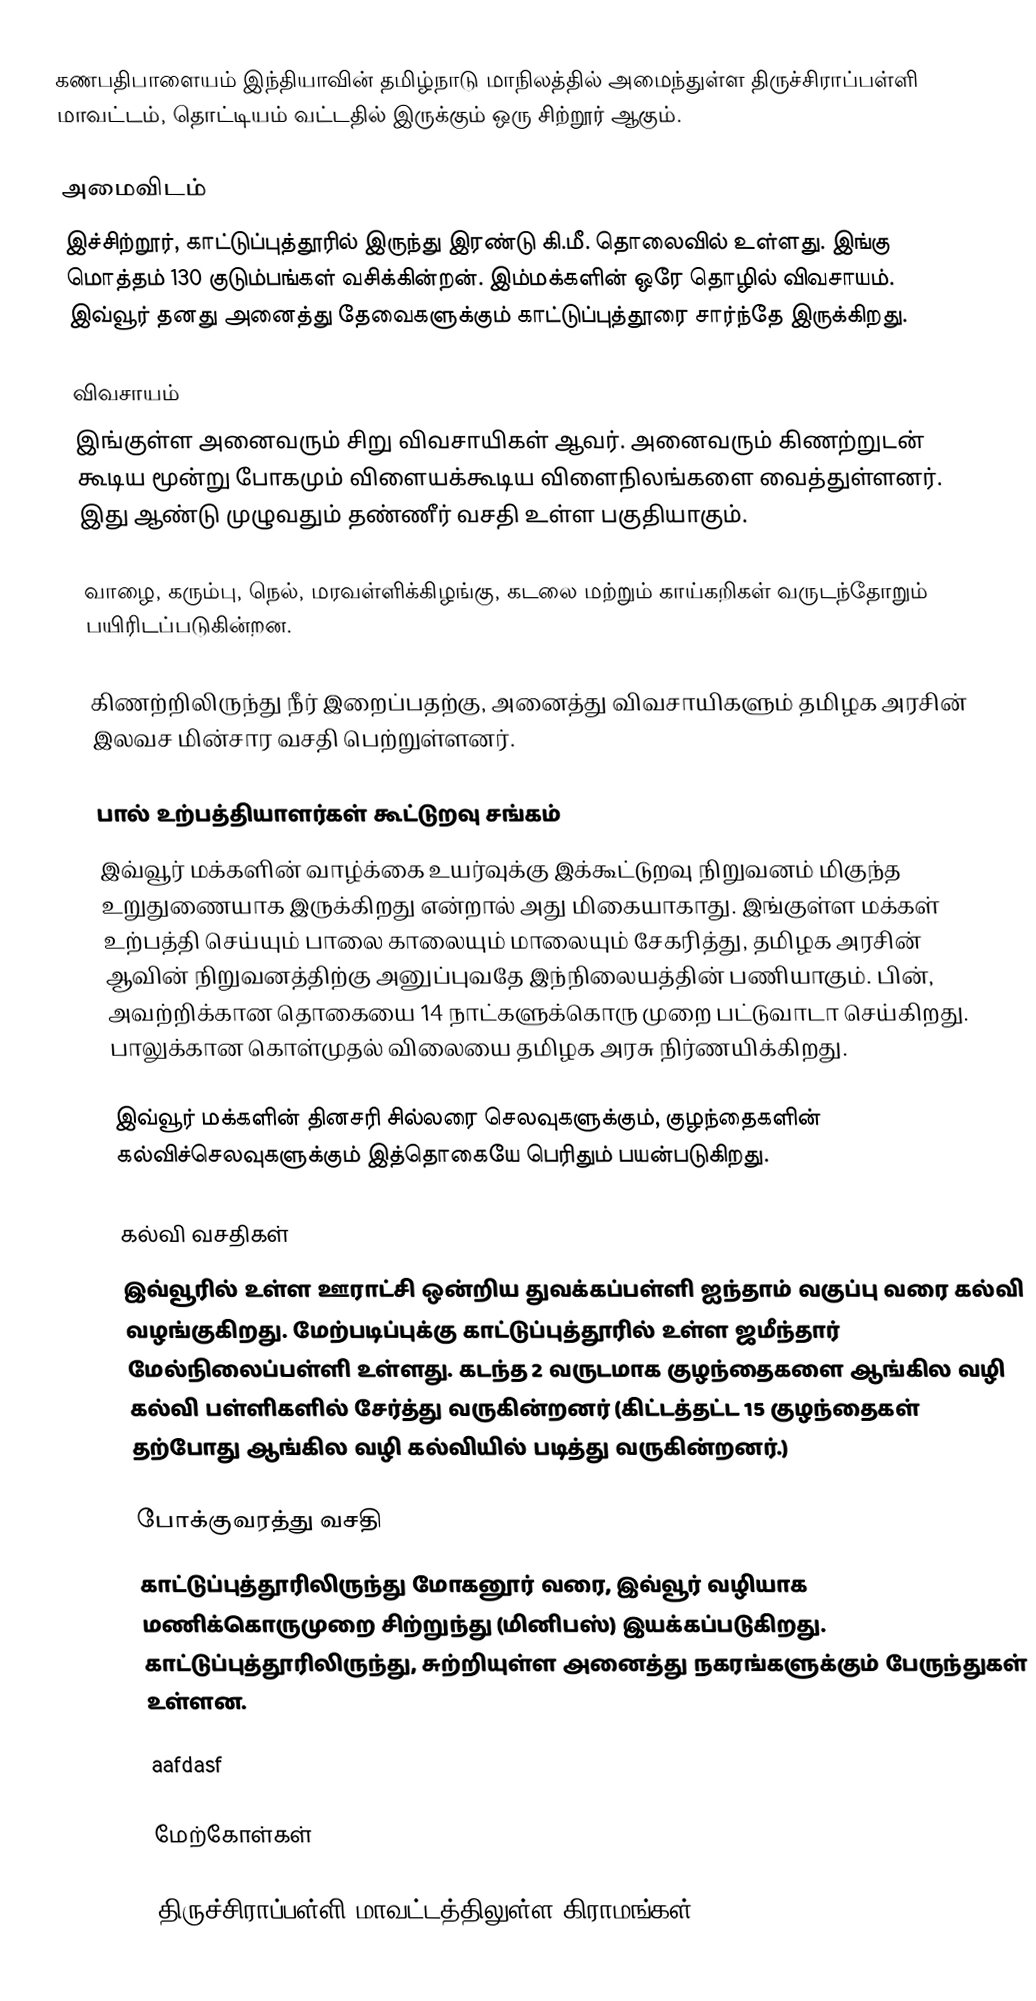
கணபதிபாளையம் இந்தியாவின் தமிழ்நாடு மாநிலத்தில் அமைந்துள்ள திருச்சிராப்பள்ளி மாவட்டம், தொட்டியம் வட்டதில் இருக்கும் ஒரு சிற்றூர் ஆகும்.

அமைவிடம்
இச்சிற்றூர், காட்டுப்புத்தூரில் இருந்து இரண்டு கி.மீ. தொலைவில் உள்ளது. இங்கு மொத்தம் 130 குடும்பங்கள் வசிக்கின்றன். இம்மக்களின் ஒரே தொழில் விவசாயம். இவ்வூர் தனது அனைத்து தேவைகளுக்கும் காட்டுப்புத்தூரை சார்ந்தே இருக்கிறது.

விவசாயம்
இங்குள்ள அனைவரும் சிறு விவசாயிகள் ஆவர். அனைவரும் கிணற்றுடன் கூடிய மூன்று போகமும் விளையக்கூடிய விளைநிலங்களை வைத்துள்ளனர். இது ஆண்டு முழுவதும் தண்ணீர் வசதி உள்ள பகுதியாகும்.

வாழை, கரும்பு, நெல், மரவள்ளிக்கிழங்கு, கடலை மற்றும் காய்கறிகள் வருடந்தோறும் பயிரிடப்படுகின்றன.

கிணற்றிலிருந்து நீர் இறைப்பதற்கு, அனைத்து விவசாயிகளும் தமிழக அரசின் இலவச மின்சார வசதி பெற்றுள்ளனர்.

பால் உற்பத்தியாளர்கள் கூட்டுறவு சங்கம்
இவ்வூர் மக்களின் வாழ்க்கை உயர்வுக்கு இக்கூட்டுறவு நிறுவனம் மிகுந்த உறுதுணையாக இருக்கிறது என்றால் அது மிகையாகாது. இங்குள்ள மக்கள் உற்பத்தி செய்யும் பாலை காலையும் மாலையும் சேகரித்து, தமிழக அரசின் ஆவின் நிறுவனத்திற்கு அனுப்புவதே இந்நிலையத்தின் பணியாகும். பின், அவற்றிக்கான தொகையை 14 நாட்களுக்கொரு முறை பட்டுவாடா செய்கிறது. பாலுக்கான கொள்முதல் விலையை தமிழக அரசு நிர்ணயிக்கிறது.

இவ்வூர் மக்களின் தினசரி சில்லரை செலவுகளுக்கும், குழந்தைகளின் கல்விச்செலவுகளுக்கும் இத்தொகையே பெரிதும் பயன்படுகிறது.

கல்வி வசதிகள்
இவ்வூரில் உள்ள ஊராட்சி ஒன்றிய துவக்கப்பள்ளி ஐந்தாம் வகுப்பு வரை கல்வி வழங்குகிறது. மேற்படிப்புக்கு காட்டுப்புத்தூரில் உள்ள ஜமீந்தார் மேல்நிலைப்பள்ளி உள்ளது. கடந்த 2 வருடமாக குழந்தைகளை ஆங்கில வழி கல்வி பள்ளிகளில் சேர்த்து வருகின்றனர் (கிட்டத்தட்ட 15 குழந்தைகள் தற்போது ஆங்கில வழி கல்வியில் படித்து வருகின்றனர்.)

போக்குவரத்து வசதி
காட்டுப்புத்தூரிலிருந்து மோகனூர் வரை, இவ்வூர் வழியாக மணிக்கொருமுறை சிற்றுந்து (மினிபஸ்) இயக்கப்படுகிறது. காட்டுப்புத்தூரிலிருந்து, சுற்றியுள்ள அனைத்து நகரங்களுக்கும் பேருந்துகள் உள்ளன.

aafdasf

மேற்கோள்கள்

திருச்சிராப்பள்ளி மாவட்டத்திலுள்ள கிராமங்கள்